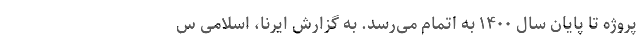
پروژه تا پایان سال ۱۴۰۰ به اتمام می‌رسد. به گزارش ایرنا، اسلامی س